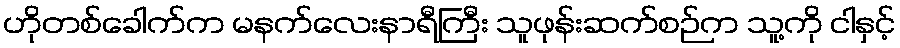
ဟိုတစ်ခေါက်က မနက်လေးနာရီကြီး သူဖုန်းဆက်စဉ်က သူ့ကို ငါနှင့်